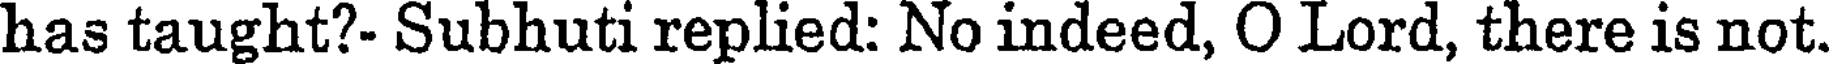
has taught?- Subhuti replied: No indeed, O Lord, there is not